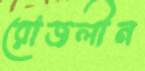
রোজলীন